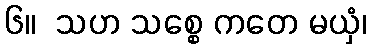
၆။  သဟ သစ္စေ ကတေ မယှံ၊